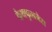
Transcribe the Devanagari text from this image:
फैथफुलनेस